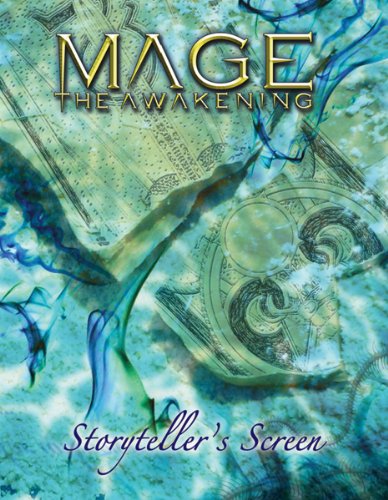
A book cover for Mage the Awakening DELUXE SCREEN; Science Fiction & Fantasy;